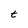
Character: t